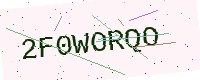
Text: 2F0WORQO